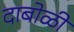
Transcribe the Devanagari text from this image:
दाबोळी